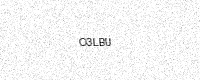
Text: O3LBU